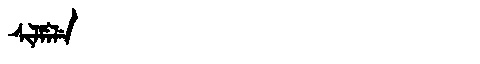
Manchu: ᠰᡳᠯᠮᡝᠯᡝ
Romanization: SILMELE